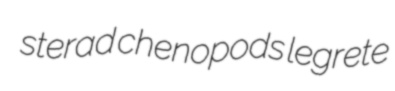
sterad chenopods legrete